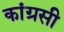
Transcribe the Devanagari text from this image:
कांग्रसी